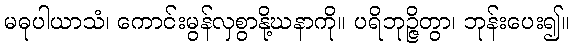
မဓုပါယာသံ၊ ကောင်းမွန်လှစွာနို့ဃနာကို။ ပရိဘုဉ္ဇိတွာ၊ ဘုန်းပေး၍။